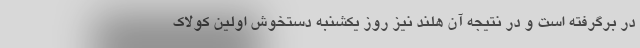
در برگرفته است و در نتیجه آن هلند نیز روز یکشنبه دستخوش اولین کولاک